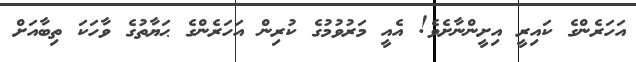
އަހަރެންގެ ކައިރީ އިށީންނާށެވެ! އެއީ މަރުވުމުގެ ކުރިން އަހަރެންގެ ޙަޔާތުގެ ވާހަކަ ތިބާއަށް